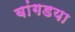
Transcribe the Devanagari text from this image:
बांगडया